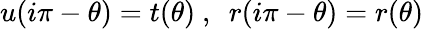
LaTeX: u(i\pi-\theta)=t(\theta)~,~~r(i\pi-\theta)=r(\theta)